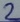
Text: 2